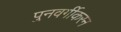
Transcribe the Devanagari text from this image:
पुनवर्गीकरन